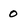
Character: 0